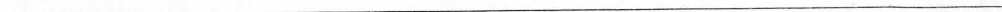
___